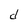
Character: d